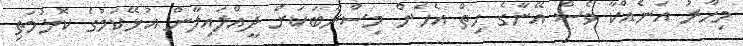
މިހާރު އަނެއްކާ ވެސް އޭނާގެ ހިތް އެހެން މިސްރާބަކަށް ދީއްލައިލާން އުޅޭކަމުގެ ކޮޅުމަތި